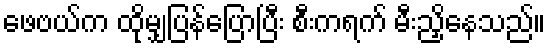
ဖေဗယ်က ထိုမျှပြန်ပြောပြီး စီးကရက် မီးညှိနေသည်။